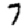
Digit: 7